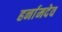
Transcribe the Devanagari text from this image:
हर्नामदेव